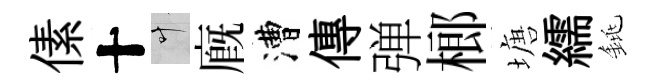
傃十叶廐漕傳弹榔塘繻銚